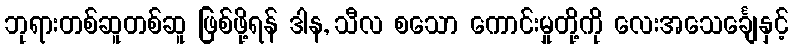
ဘုရားတစ်ဆူတစ်ဆူ ဖြစ်ဖို့ရန် ဒါန, သီလ စသော ကောင်းမှုတို့ကို လေးအသေင်္ချေနှင့်